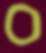
ס